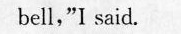
bell,"I said.